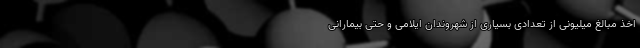
اخذ مبالغ میلیونی از تعدادی بسیاری از شهروندان ایلامی و حتی بیمارانی